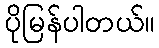
ပိုမြန်ပါတယ်။